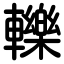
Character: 轢